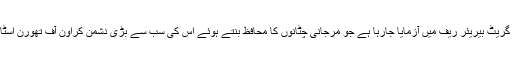
رینجربوٹ نامی ڈرون آسٹریلیا کی گریٹ بیریئر رِیف میں آزمایا جارہا ہے جو مرجانی چٹانوں کا محافظ بنتے ہوئے اس کی سب سے بڑی دشمن کراون آف تھورن اسٹار فش کو چن چن کر ختم کرتا ہے۔